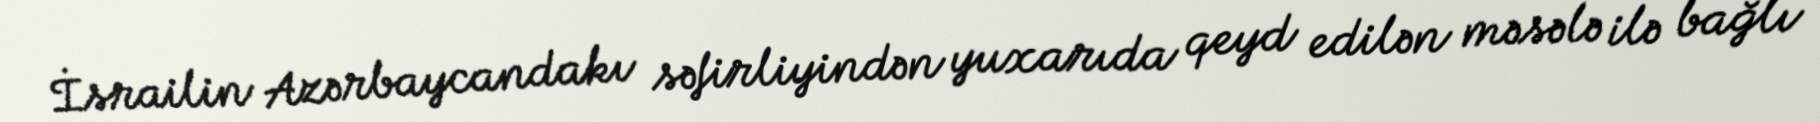
İsrailin Azərbaycandakı səfirliyindən yuxarıda qeyd edilən məsələ ilə bağlı